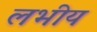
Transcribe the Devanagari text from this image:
लभीय